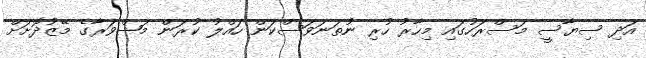
އަދި ސިޔާސީ މަސްރަހުގައި މިހާރު ހުރި ނުތަނަވަސްކަން ހައްލު ކުރަން މަޝްވަރާގެ މޭޒުދޮށަށް